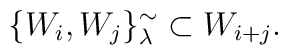
\{W_{i},W_{j}\}^{\sim}_{\lambda}\subset W_{i+j}.